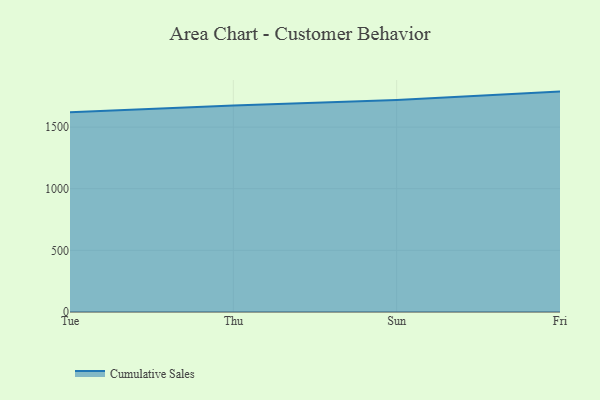
{"axis": {"x": "Day", "y": "Tickets Resolved"}, "legend": ["Cumulative Sales"], "data": [{"x": "Tue", "y": 1620.0, "type": "Cumulative Sales"}, {"x": "Thu", "y": 1675.0, "type": "Cumulative Sales"}, {"x": "Sun", "y": 1720.1, "type": "Cumulative Sales"}, {"x": "Fri", "y": 1787.7, "type": "Cumulative Sales"}]}